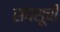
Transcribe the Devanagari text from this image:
संघसूची